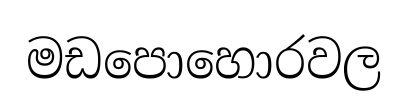
මඩපොහොරවල